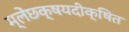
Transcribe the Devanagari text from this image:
म्लेंछक्षयदीक्षित